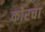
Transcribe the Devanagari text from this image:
कोरचा